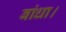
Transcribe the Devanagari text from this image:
बांधा।